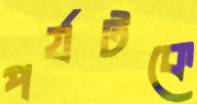
পর্যটকে